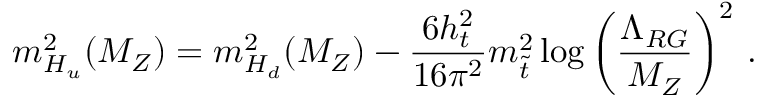
m _ { H _ { u } } ^ { 2 } ( M _ { Z } ) = m _ { H _ { d } } ^ { 2 } ( M _ { Z } ) - \frac { 6 h _ { t } ^ { 2 } } { 1 6 \pi ^ { 2 } } m _ { \tilde { t } } ^ { 2 } \log \left( \frac { \Lambda _ { R G } } { M _ { Z } } \right) ^ { 2 } \, .